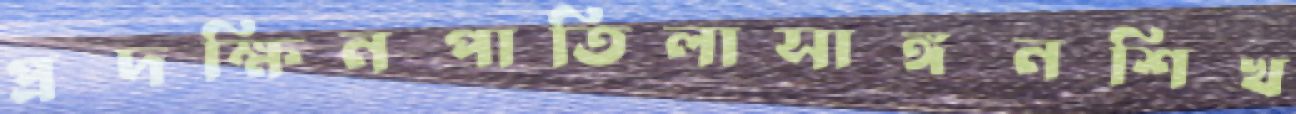
প্রদক্ষিনপাতিলাসাঙ্গনশিখ